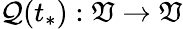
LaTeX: \mathcal{Q}(t_{*}):\mathfrak{V}\to\mathfrak{V}